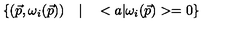
\left\{ ( \vec { p } , \omega _ { i } ( \vec { p } ) ) \quad | \quad < a | \omega _ { i } ( \vec { p } ) > = 0 \right\}